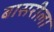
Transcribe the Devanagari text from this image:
बासरीला